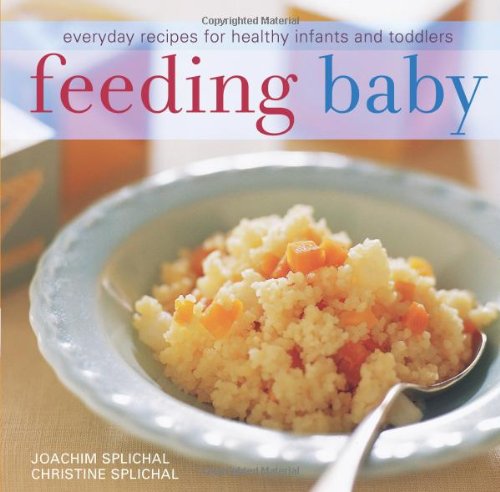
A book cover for Feeding Baby: Everyday Recipes for Healthy Infants and Toddlers; Joachim Splichal; Cookbooks, Food & Wine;